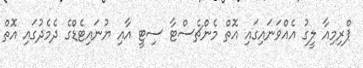
ޕްރިމިއާ ލީގު އެއްވަނައިގައި އޮތް މެންޗެސްޓާ ސިޓީ އާއި ޔުނައިޓެޑްގެ ދެމެދުގައި އޮތް